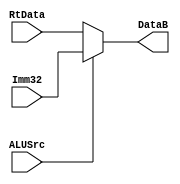
module mux_data(ALUSrc, RtData, Imm32, DataB);
	input ALUSrc;
	input [31:0] RtData, Imm32;
	output reg [31:0] DataB;
	
	always if (ALUSrc == 0) DataB = RtData;
		else DataB = Imm32;
endmodule